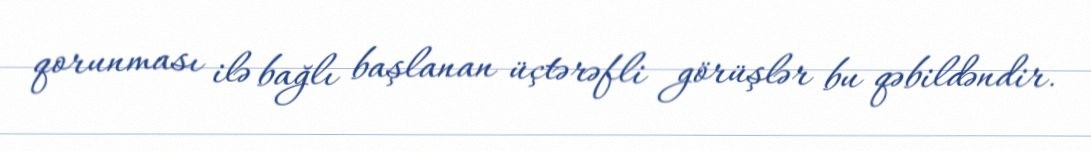
qorunması ilə bağlı başlanan üçtərəfli görüşlər bu qəbildəndir.